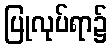
ပြုလုပ်ရာ၌